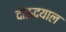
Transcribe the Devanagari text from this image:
दाऊदयाल